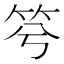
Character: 𥬋